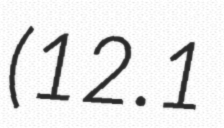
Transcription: (12.1